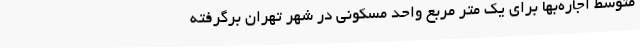
متوسط اجاره‌بها برای یک متر مربع واحد مسکونی در شهر تهران برگرفته